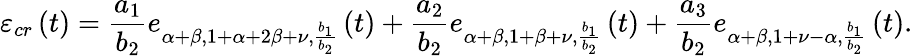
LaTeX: \varepsilon_{cr}\left(t\right)=\frac{a_{1}}{b_{2}}e_{\alpha+\beta,1+\alpha+2\beta+\nu,\frac{b_{1}}{b_{2}}}\left(t\right)+\frac{a_{2}}{b_{2}}e_{\alpha+\beta,1+\beta+\nu,\frac{b_{1}}{b_{2}}}\left(t\right)+\frac{a_{3}}{b_{2}}e_{\alpha+\beta,1+\nu-\alpha,\frac{b_{1}}{b_{2}}}\left(t\right).